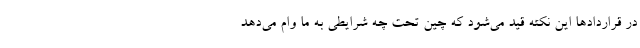
در قراردادها این نکته قید می‌شود که چین تحت چه شرایطی به ما وام می‌دهد